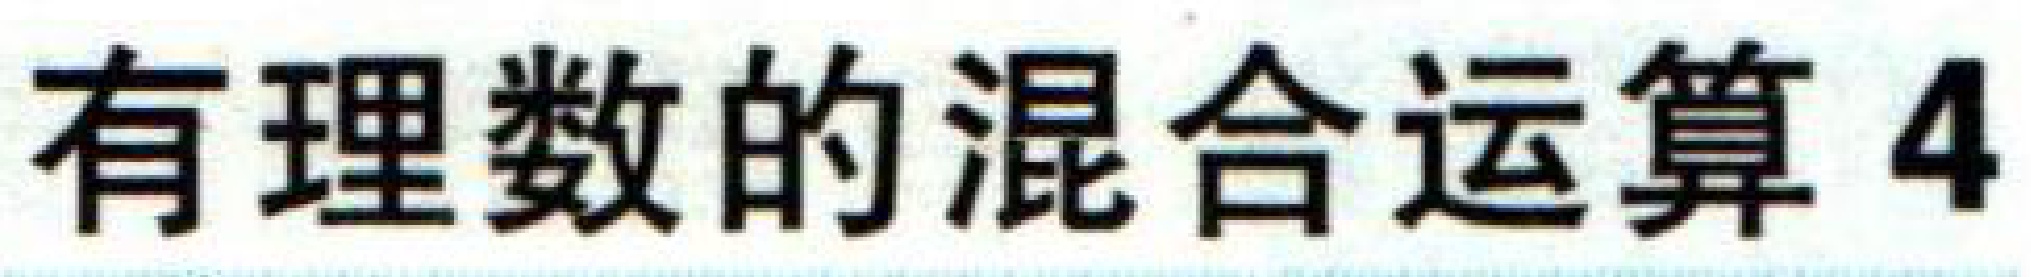
有理数的混合运算4